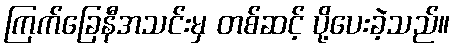
ကြက်ခြေနီအသင်းမှ တစ်ဆင့် ပို့ပေးခဲ့သည်။